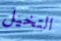
التخيل